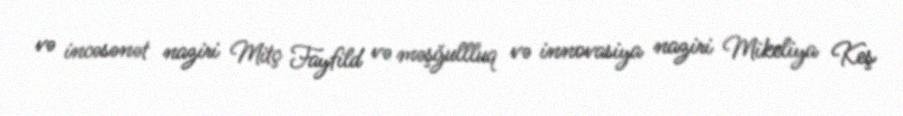
və incəsənət naziri Mitç Fayfild və məşğullluq və innovasiya naziri Mikeliya Keş